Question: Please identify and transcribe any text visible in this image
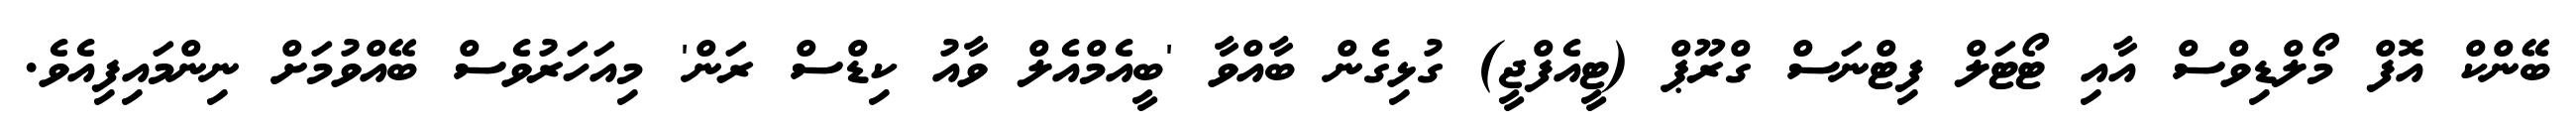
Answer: ބޭންކް އޮފް މޯލްޑިވްސް އާއި ޓޯޓަލް ފިޓްނަސް ގްރޫޕް (ޓީއެފްޖީ) ގުޅިގެން ބާއްވާ 'ބީއެމްއެލް ވާއު ކިޑްސް ރަން' މިއަހަރުވެސް ބޭއްވުމަށް ނިންމައިފިއެވެ.